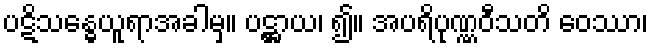
ပဋိသန္ဓေယူရာအခါမှ။ ပဋ္ဌာယ၊ ၍။ အပရိပုဏ္ဏဝီသတိ ဝေဿာ၊